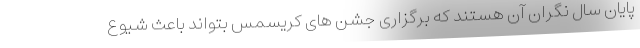
پایان سال نگران آن هستند که برگزاری جشن های کریسمس بتواند باعث شیوع